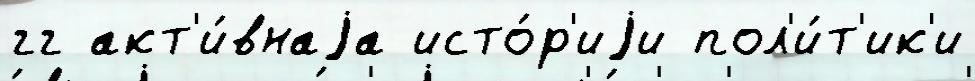
гг акт'и́внаjа исто́р'иjи пол'и́т'ик'и